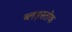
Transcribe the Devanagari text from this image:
ब्लड़स्तोक